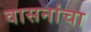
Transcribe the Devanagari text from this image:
वासनांचा